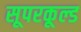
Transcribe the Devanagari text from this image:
सूपरकूल्ड